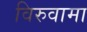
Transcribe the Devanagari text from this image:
विरुवामा